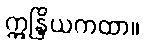
ဣန္ဒြိယကထာ။